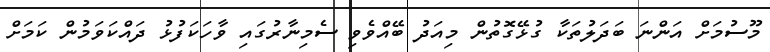
މޫސުމަށް އަންނަ ބަދަލުތަކާ ގުޅޭގޮތުން މިއަދު ބޭއްވެވި ސެމިނާރުގައި ވާހަކަފުޅު ދައްކަވަމުން ކަމަށް